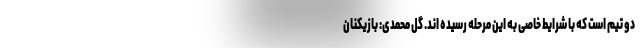
دو تیم است که با شرایط خاصی به این مرحله رسیده اند. گل محمدی: بازیکنان